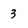
Character: 3